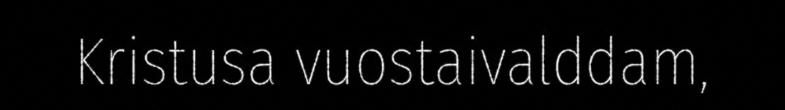
Kristusa vuostaivalddam,